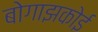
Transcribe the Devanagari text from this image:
बोगाझकोई